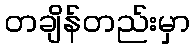
တချိန်တည်းမှာ